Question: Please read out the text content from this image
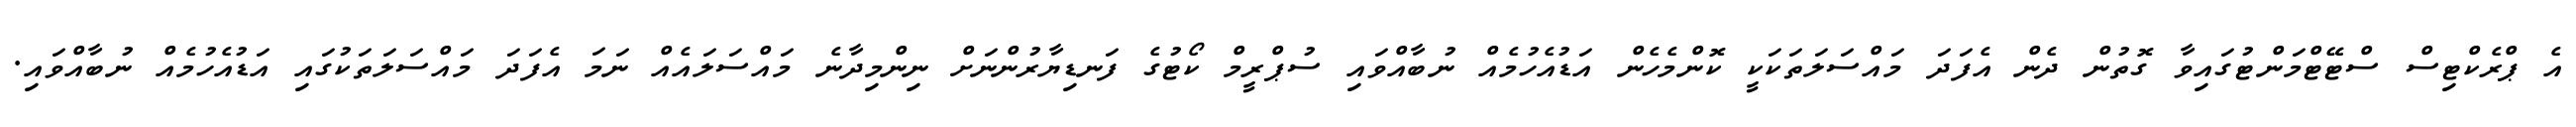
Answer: އެ ޕްރެކްޓިސް ސްޓޭޓްމަންޓުގައިވާ ގޮތުން ދެން އެފަދަ މައްސަލަތަކަކީ ކޮންމެހެން އަޑުއެހުމެއް ނުބާއްވައި ސުޕްރީމް ކޯޓުގެ ފަނޑިޔާރުންނަށް ނިންމިދާނެ މައްސަލައެއް ނަމަ އެފަދަ މައްސަލަތަކުގައި އަޑުއެހުމެއް ނުބާއްވައި.